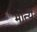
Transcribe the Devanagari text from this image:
मोत्ये